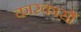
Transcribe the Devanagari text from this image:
कारकासौं